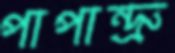
পাপান্দ্রু